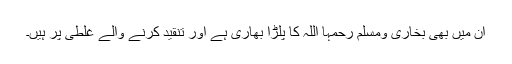
ان میں بھی بخاری ومسلم رحمہا اللہ کا پلڑا بھاری ہے اور تنقید کرنے والے غلطی پر ہیں۔